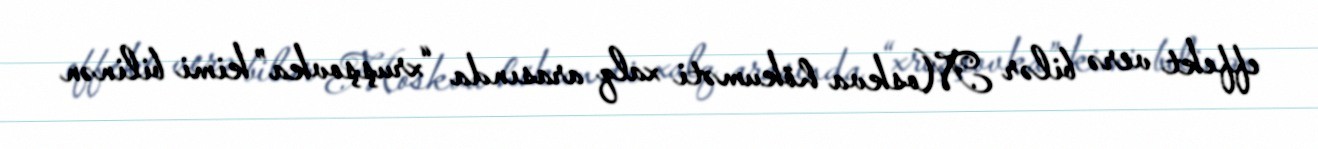
effekt verə bilər Moskva hökuməti xalq arasında “xruşşovka” kimi bilinən